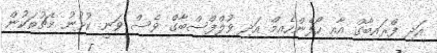
އަދި ފްރައިބާގް އާއި ހޯފެންހެއިމް އަދި ވުލްފްސްބާގް ވެސް ވަނީ ކުޅުނު މެޗުތަކުން